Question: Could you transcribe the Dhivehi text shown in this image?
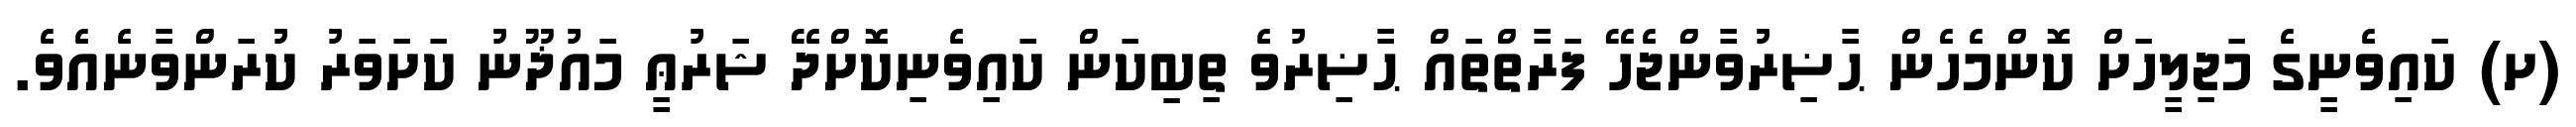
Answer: (ށ) ކައިވެނީގެ މަޖިލީހަށް ކޮންމެހެން ޙާޟިރުވާންޖެހޭ ފަރާތްތައް ޙާޟިރުވެ ތިބިކަން ކައިވެނިކޮށްދޭ ޝަރުޢީ މައުޛޫނު ކަށަވަރު ކުރަންވާނެއެވެ.